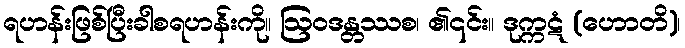
ရဟန်းဖြစ်ပြီးခါစရဟန်းကို။ ဩဝဒန္တဿစ၊ ၏၎င်း။ ဒုက္ကဋံ (ဟောတိ)၊